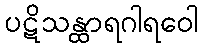
ပဋိသန္ထာရဂါရဝေါ